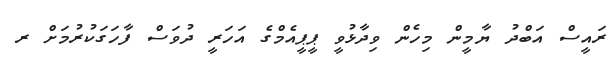
ރައީސް އަބްދު ޔާމީން މިހެން ވިދާޅުވީ ޕީޕީއެމްގެ އަހަރީ ދުވަސް ފާހަގަކުރުމަށް ރ